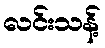
လင်းသန့်